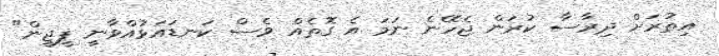
އިތުރަށް ދިރާސާ ކުރަން ޖެހޭނެ ނަމަ އެ ގޮތެއް ވެސް ކަނޑައަޅުއްވާނީ ޕީޖީން"